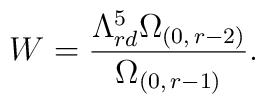
W=\frac{\Lambda _{rd}^{5}\Omega_{(0,\, r-2)}}{\Omega_{(0,\, r-1)}}.